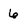
Character: 6